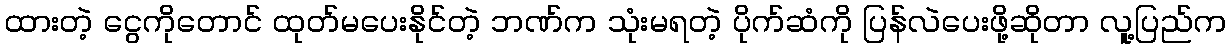
ထားတဲ့ ငွေကိုတောင် ထုတ်မပေးနိုင်တဲ့ ဘဏ်က သုံးမရတဲ့ ပိုက်ဆံကို ပြန်လဲပေးဖို့ဆိုတာ လူ့ပြည်က